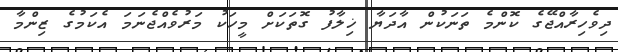
ދިވެހިރާއްޖޭގެ ކޮންމެ ތަނަކުން އާދަޔާ ޚިލާފު ގޮތަކަށް މީހަކު މަރުވެއްޖެނަމަ އެކަމުގެ ޒިންމާ